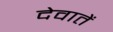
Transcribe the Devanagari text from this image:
देवातें